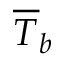
\overline { { T } } _ { b }